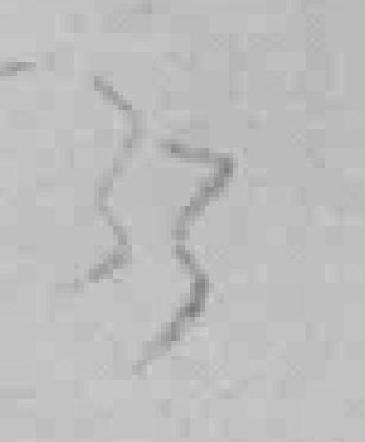
33